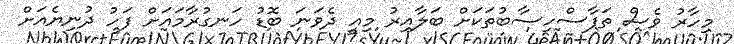
މިހާރު ވެސް ތަފާސްހިސާބުތަކަށް ބަލާއިރު މިއީ ދެވަނަ ބޮޑު ހަނގުރާމައަށް ފަހު ދުނިޔެއަށް